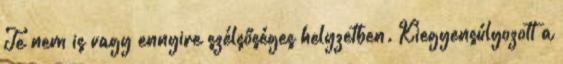
Te nem is vagy ennyire szélsőséges helyzetben. Kiegyensúlyozott a